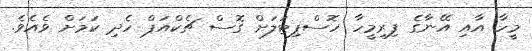
މީހާ އާއި އޭނާގެ ފިރިމީހާ ހޮސްޕިޓަލަށް ގޮސް ޗެކްއަޕް ހެދި ކަމަށް ވެއެވެ.